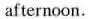
afternoon.